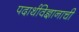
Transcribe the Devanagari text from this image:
पदार्थविज्ञानाची